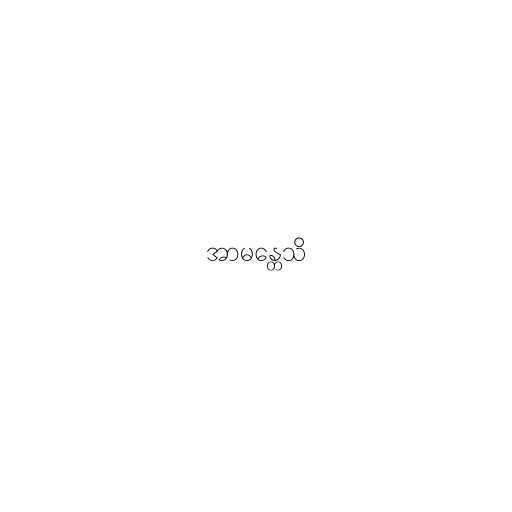
အာမန္တေသိ